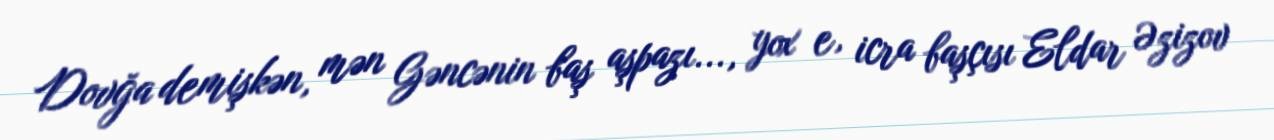
Dovğa demişkən, mən Gəncənin baş aşpazı..., yox e, icra başçısı Eldar Əzizov